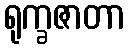
ရုက္ခဇာတာ